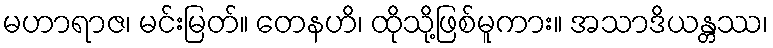
မဟာရာဇ၊ မင်းမြတ်။ တေနဟိ၊ ထိုသို့ဖြစ်မူကား။ အသာဒိယန္တဿ၊